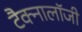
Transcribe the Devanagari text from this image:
टैक्नालॉजी